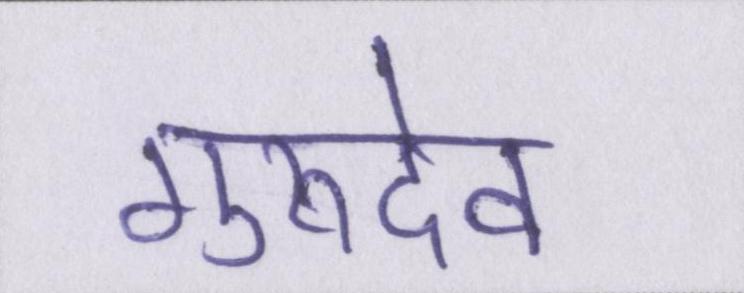
गुरुदेव